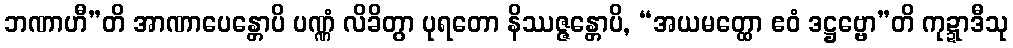
ဘဏာဟီ”တိ အာဏာပေန္တောပိ ပဏ္ဏံ လိခိတွာ ပုရတော နိဿဇ္ဇန္တောပိ, “အယမတ္ထော ဧဝံ ဒဋ္ဌဗ္ဗော”တိ ကုဍ္ဍာဒီသု